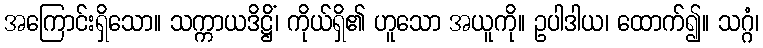
အကြောင်းရှိသော။ သက္ကာယဒိဋ္ဌိံ၊ ကိုယ်ရှိ၏ ဟူသော အယူကို။ ဥပါဒါယ၊ ထောက်၍။ သဂ္ဂံ၊